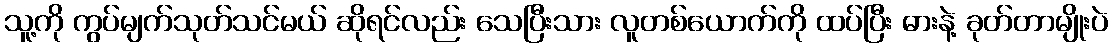
သူ့ကို ကွပ်မျက်သုတ်သင်မယ် ဆိုရင်လည်း သေပြီးသား လူတစ်ယောက်ကို ထပ်ပြီး ဓားနဲ့ ခုတ်တာမျိုးပဲ